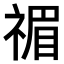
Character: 𥚵